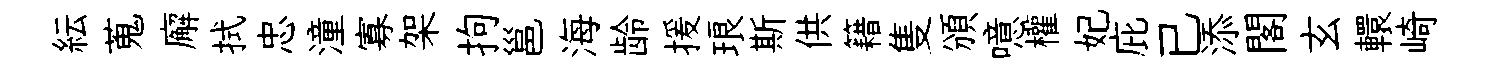
紜蒐廨拭忠潼寡架拘邕海龄援琅斯供籍隻頒噫權妃庇已添閣玄轘崎